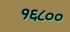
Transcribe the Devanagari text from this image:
१६८००